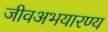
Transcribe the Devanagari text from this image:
जीवअभयारण्य